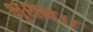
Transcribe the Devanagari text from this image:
भृशम्।।